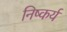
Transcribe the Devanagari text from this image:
निष्कर्य